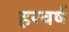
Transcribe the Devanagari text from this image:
हरवर्ष